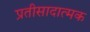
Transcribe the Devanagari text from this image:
प्रतीसादात्मक